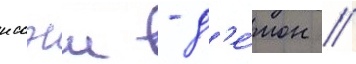
иссэи - д'е́мон /